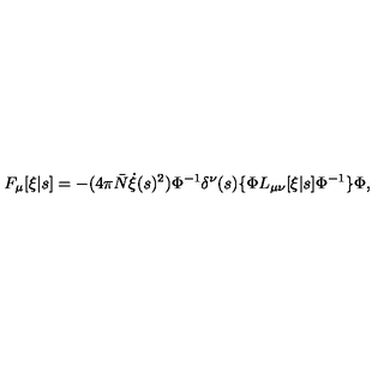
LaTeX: F _ { \mu } [ \xi | s ] = - ( 4 \pi { \bar { N } } \dot { \xi } ( s ) ^ { 2 } ) \Phi ^ { - 1 } \delta ^ { \nu } ( s ) \{ \Phi L _ { \mu \nu } [ \xi | s ] \Phi ^ { - 1 } \} \Phi ,